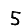
Digit: 5